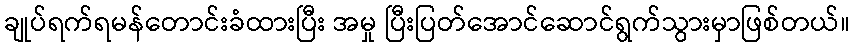
ချုပ်ရက်ရမန်တောင်းခံထားပြီး အမှု ပြီးပြတ်အောင်ဆောင်ရွက်သွားမှာဖြစ်တယ်။